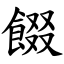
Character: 餟